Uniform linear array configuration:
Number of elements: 32
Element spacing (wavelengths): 1
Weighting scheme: kaiser
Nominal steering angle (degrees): -45
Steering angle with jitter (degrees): -44.661
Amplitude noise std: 0.05
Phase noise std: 0.05

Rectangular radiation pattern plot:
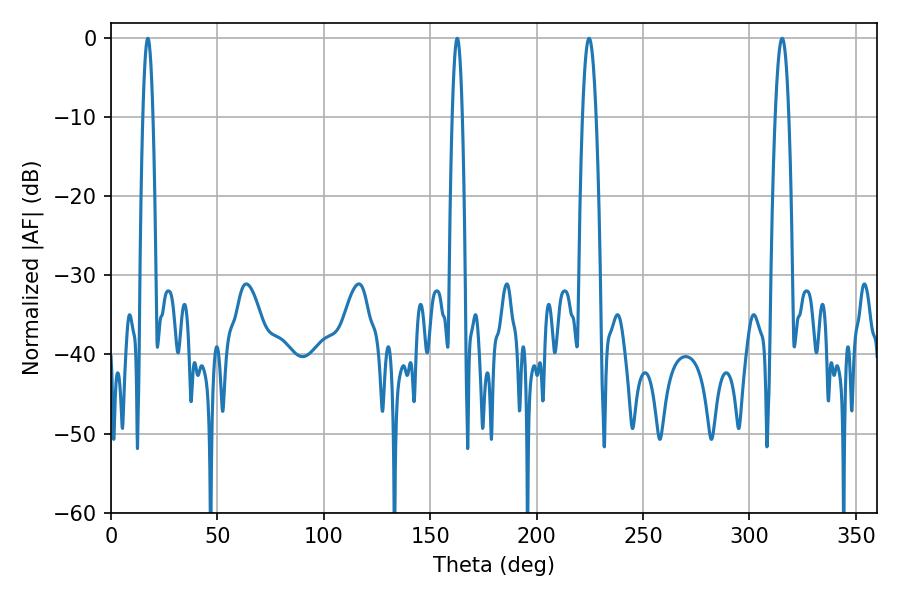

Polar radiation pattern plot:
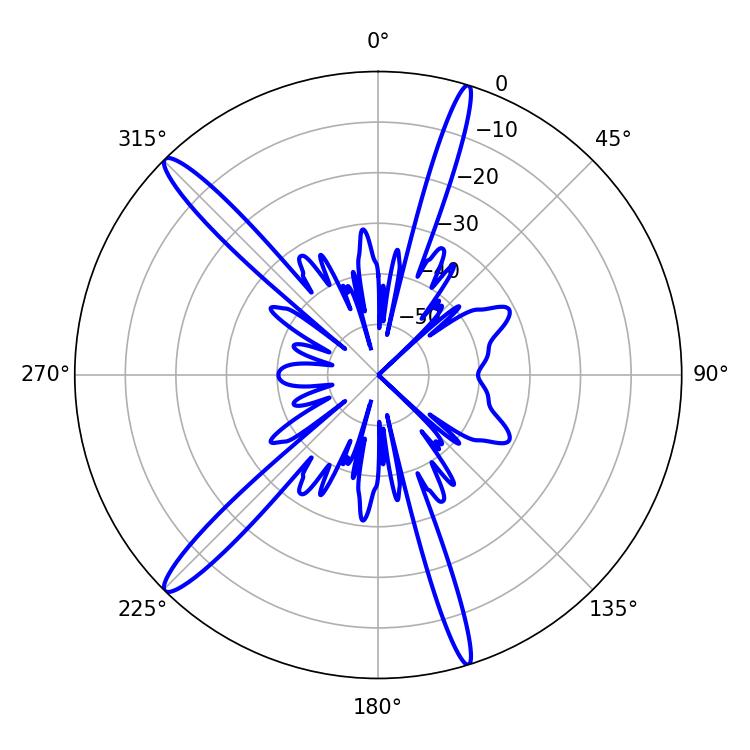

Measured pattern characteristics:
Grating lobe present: TRUE
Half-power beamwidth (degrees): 3.42
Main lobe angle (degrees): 224.64